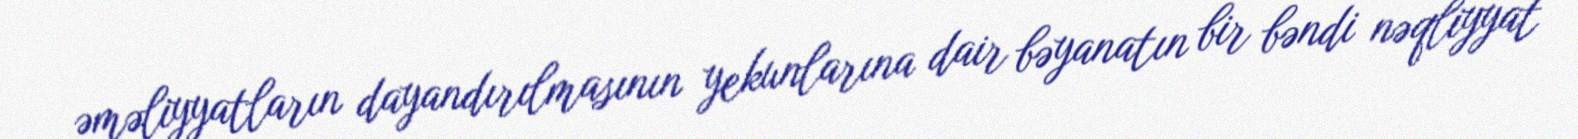
əməliyyatların dayandırılmasının yekunlarına dair bəyanatın bir bəndi nəqliyyat